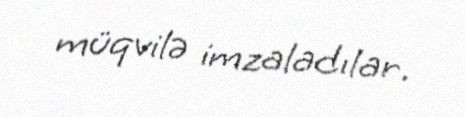
müqvilə imzaladılar.